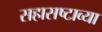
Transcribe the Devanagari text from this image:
सहासष्टाव्या